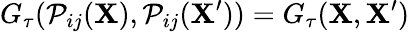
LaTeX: G_{\tau}(\mathcal{P}_{ij}(\mathbf{X}),\mathcal{P}_{ij}(\mathbf{X}^{\prime}))=G_{\tau}(\mathbf{X},\mathbf{X}^{\prime})